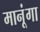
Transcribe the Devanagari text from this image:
मानूंगा